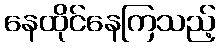
နေထိုင်နေကြသည့်